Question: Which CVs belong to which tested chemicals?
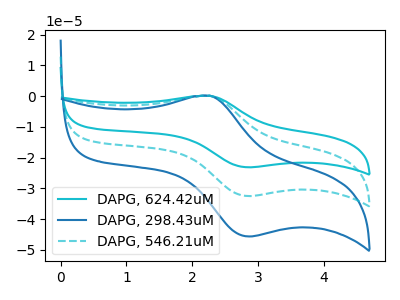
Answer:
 <answer>The cyan curve is labeled "DAPG, 624.42uM". The blue curve is labeled "DAPG, 298.43uM". The cyan dashed curve is labeled "DAPG, 546.21uM".</answer>
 <eval></eval>